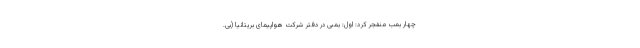
چهار بمب منفجر کرد: اول: بمبی در دفتر شرکت هواپیمای بریتانیا (بی.